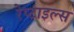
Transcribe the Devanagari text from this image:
रेप्टाइल्स